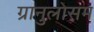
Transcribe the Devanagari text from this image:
ग्रानुलोसम